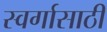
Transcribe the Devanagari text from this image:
स्वर्गासाठी